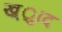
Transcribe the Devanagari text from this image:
ख़्ुाद